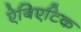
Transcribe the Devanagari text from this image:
ऐबिएटिक